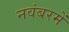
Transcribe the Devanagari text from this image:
नवंबरमें